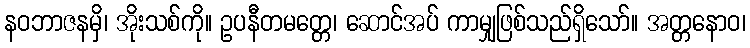
နဝဘာဇနမှိ၊ အိုးသစ်ကို။ ဥပနီတမတ္တေ၊ ဆောင်အပ် ကာမျှဖြစ်သည်ရှိသော်။ အတ္တနောဝ၊